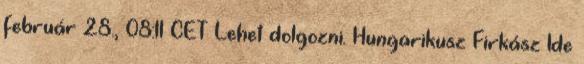
február 28., 08:11 CET Lehet dolgozni. Hungarikusz Firkász Ide